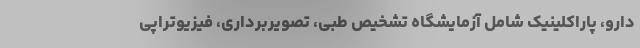
دارو، پاراکلینیک شامل آزمایشگاه تشخیص طبی، تصویربرداری، فیزیوتراپی